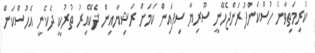
ކުރިމަތިވާނެ ހުސްކަންފުރަންޖެހޭނީ ސޫރިޔާ ސިފައިން ކަމަށް ރަޝިޔާއިން ދެކޭއިރު ތުރުކީ ދެކެނީ އެހުސްކަން